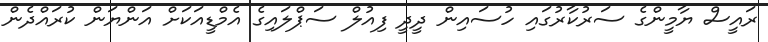
ރައީސް ޔާމީންގެ ސަރުކާރުގައި ހުސައިން ދީދީ ފިއުލް ސަޕްލައިގެ އެމްޑީއަކަށް އަންޔަން ކުރައްދެން